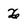
Character: X